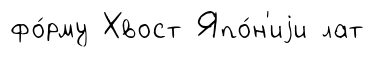
фо́рму Хвост Япо́н'иjи лат